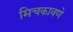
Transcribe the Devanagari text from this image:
मिचकावणे